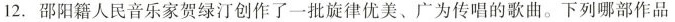
12.邵阳籍人民音乐家贺绿汀创作了一批旋律优美、广为传唱的歌曲。下列哪部作品